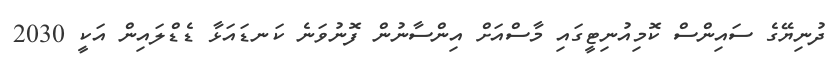
ދުނިޔޭގެ ސައިންސް ކޮމިއުނިޓީގައި މާސްއަށް އިންސާނުން ފޮނުވަނެ ކަނޑައަޅާ ޑެޑްލައިން އަކީ 2030